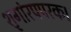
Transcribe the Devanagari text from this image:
शृगांरपपरक।